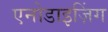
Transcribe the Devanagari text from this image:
एनोडाइज़िंग